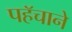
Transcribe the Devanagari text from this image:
पहॅचाने